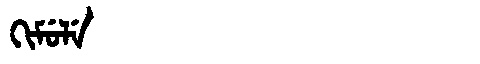
Manchu: ᡴᡳᠮᡠᠯᡝ
Romanization: KIMULE